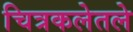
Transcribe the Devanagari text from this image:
चित्रकलेतले